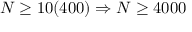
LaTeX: N \geq 1 0 ( 4 0 0 ) \Rightarrow N \geq 4 0 0 0